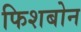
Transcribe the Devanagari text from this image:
फिशबोन